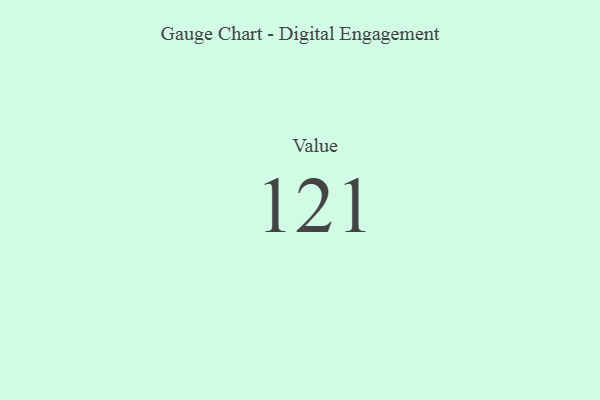
{"axis": {"x": "Metric", "y": "Value"}, "legend": [""], "data": [{"x": "Value", "y": 121, "type": ""}]}